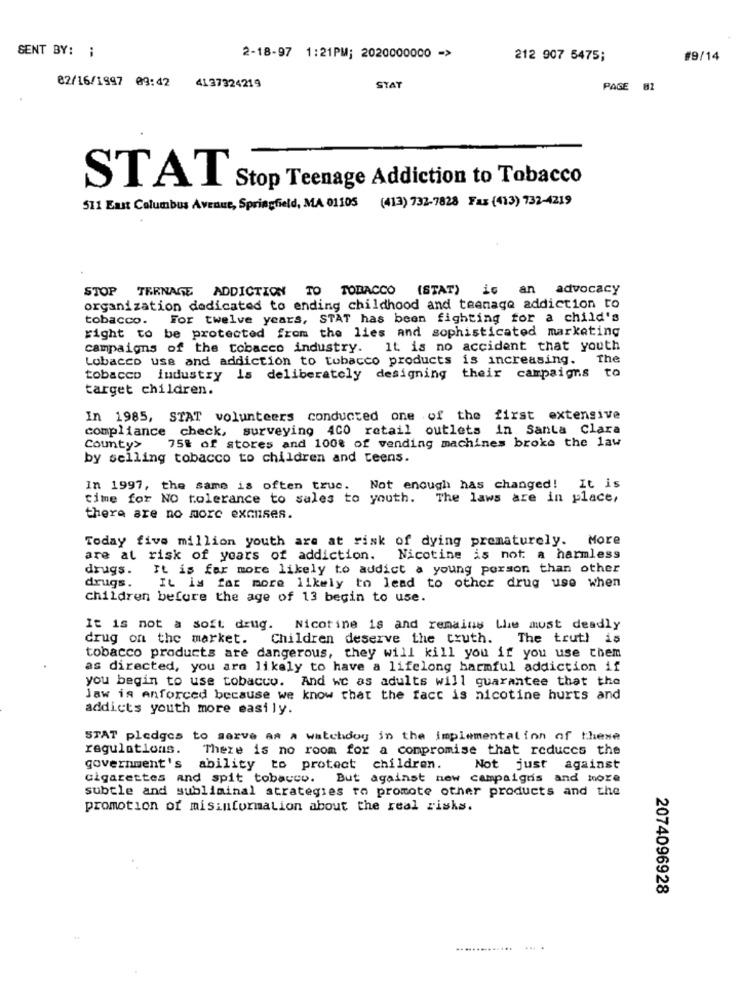
SENT BY: :
2-18-97 1:21PM; 2020000000 ->
212 907 5475;
#9/14
02/16/1997 09:42 4137324219
STAT
PAGE 82
Stop Teenage Addiction to Tobacco
STAT
511 East Columbus Avenue, Springfield, MA 01105
(413) 732-7828 Fax (413) 732-4219
STOP TEENAGE ADDICTION TO TOBACCO
(STAT)
is an advocacy
organization dedicated to ending childhood and teenage addiction to
tobacco. For twelve years, STAT has been fighting for a child's
right to be protected from the lies and sophisticated marketing
campaigns of the tobacco industry. It is no accident that youth
Lobacco use and addiction to tobacco products is increasing.
The
tobacco industry is deliberately designing their campaigns to
target children.
In 1985, STAT volunteers conducted one of the first extensive
compliance check, surveying 400 retail outlets in Santa clara
County>
75% of stores and 100% of vending machines broke the law
by selling tobacco to children and teens.
In 1997, the same is often truc. Not enough has changed! It is
time for NO tolerance to sales to youth. The laws are in place,
there are no more excuses.
Today five million youth are at risk of dying prematurely. More
are at risk of years of addiction. Nicotine is not a harmless
drugs.
It is far more likely to addict a young porson than other
drugs.
It is far more likely to lead to other drug use when
Children before the age of 13 begin to use.
It is not a soft drug. Nicotine is and remains the must deadly
drug on the market.
Children deserve the truth.
The truth is
tobacco products are dangerous, they will kill you if you use them
as directed, you are likely to have a lifelong harmful addiction if
you begin to use tobacco.
And we as adults will guarantee that the
Jaw is Anforced because we know that the fact is nicotine hurts and
addicts youth more easily.
STAT pledges to serve as A watchdog in the implementation of these
regulations. There is no room for a compromise that reduces the
government's ability to protect children.
Not just against
cigarettes and spit tobacco. But against new campaigns and more
subtle and subliminal strategies to promote other products and the
promotion of misinformation about the real risks.
2074096928
..............